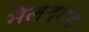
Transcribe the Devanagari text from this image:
मैलदगड